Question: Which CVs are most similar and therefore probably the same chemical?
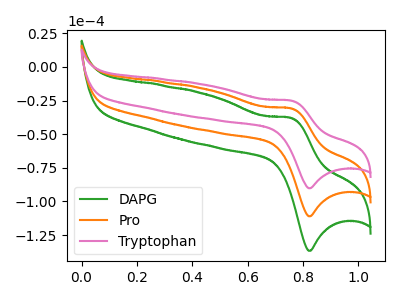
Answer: <think>The green curve "DAPG" has an anodic peak at (0.75V, -61.80uA) and a cathodic peak at (0.85V, -222.00uA). The orange curve "Pro" has an anodic peak at (0.75V, -30.90uA) and a cathodic peak at (0.85V, -111.00uA). The pink curve "Tryptophan" has an anodic peak at (0.75V, -25.10uA) and a cathodic peak at (0.85V, -90.15uA).
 All the peaks in "DAPG" have a peak in "Pro" at the same potential. All the peaks in "DAPG" have a peak in "Tryptophan" at the same potential. All the peaks in "Pro" have a peak in "Tryptophan" at the same potential.</think>
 <answer>"Tryptophan", "DAPG" and "Pro" have the same shape and are likely CV's of the same chemical.</answer>
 <eval>"Tryptophan" "DAPG" "Pro"</eval>